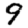
Digit: 9